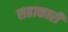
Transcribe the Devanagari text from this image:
सहाकारी